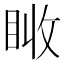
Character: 𥅪